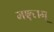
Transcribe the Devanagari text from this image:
मङ्गलम्